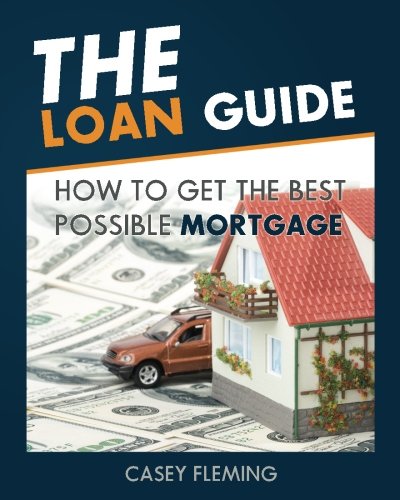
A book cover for The Loan Guide: How to Get the Best Possible Mortgage.; Mr. Casey Fleming; Business & Money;